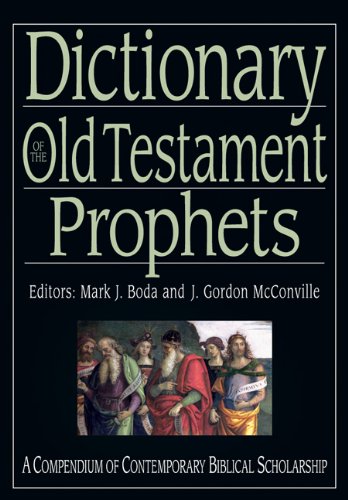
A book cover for Dictionary of the Old Testament: Prophets (IVP Bible Dictionary); Christian Books & Bibles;